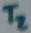
Text: T2